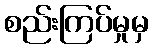
စည်းကြပ်မှုမှ